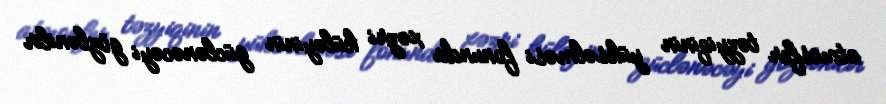
atmosfer təzyiqinin yüksəlməsi fonunda xəzri küləyinin güclənəcəyi gözlənilir